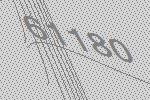
61180